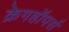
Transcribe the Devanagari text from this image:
क्रेगहॉपर्स